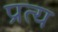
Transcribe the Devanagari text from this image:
प्रत्य